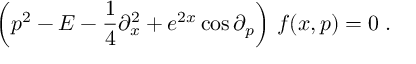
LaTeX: \left( p ^ { 2 } - E - { \frac { 1 } { 4 } } \partial _ { x } ^ { 2 } + e ^ { 2 x } \cos \partial _ { p } \right) \, f ( x , p ) = 0 \; .